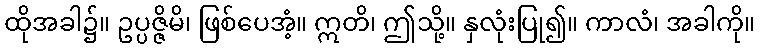
ထိုအခါ၌။ ဥပ္ပဇ္ဇိမိ၊ ဖြစ်ပေအံ့။ ဣတိ၊ ဤသို့။ နှလုံးပြု၍။ ကာလံ၊ အခါကို။